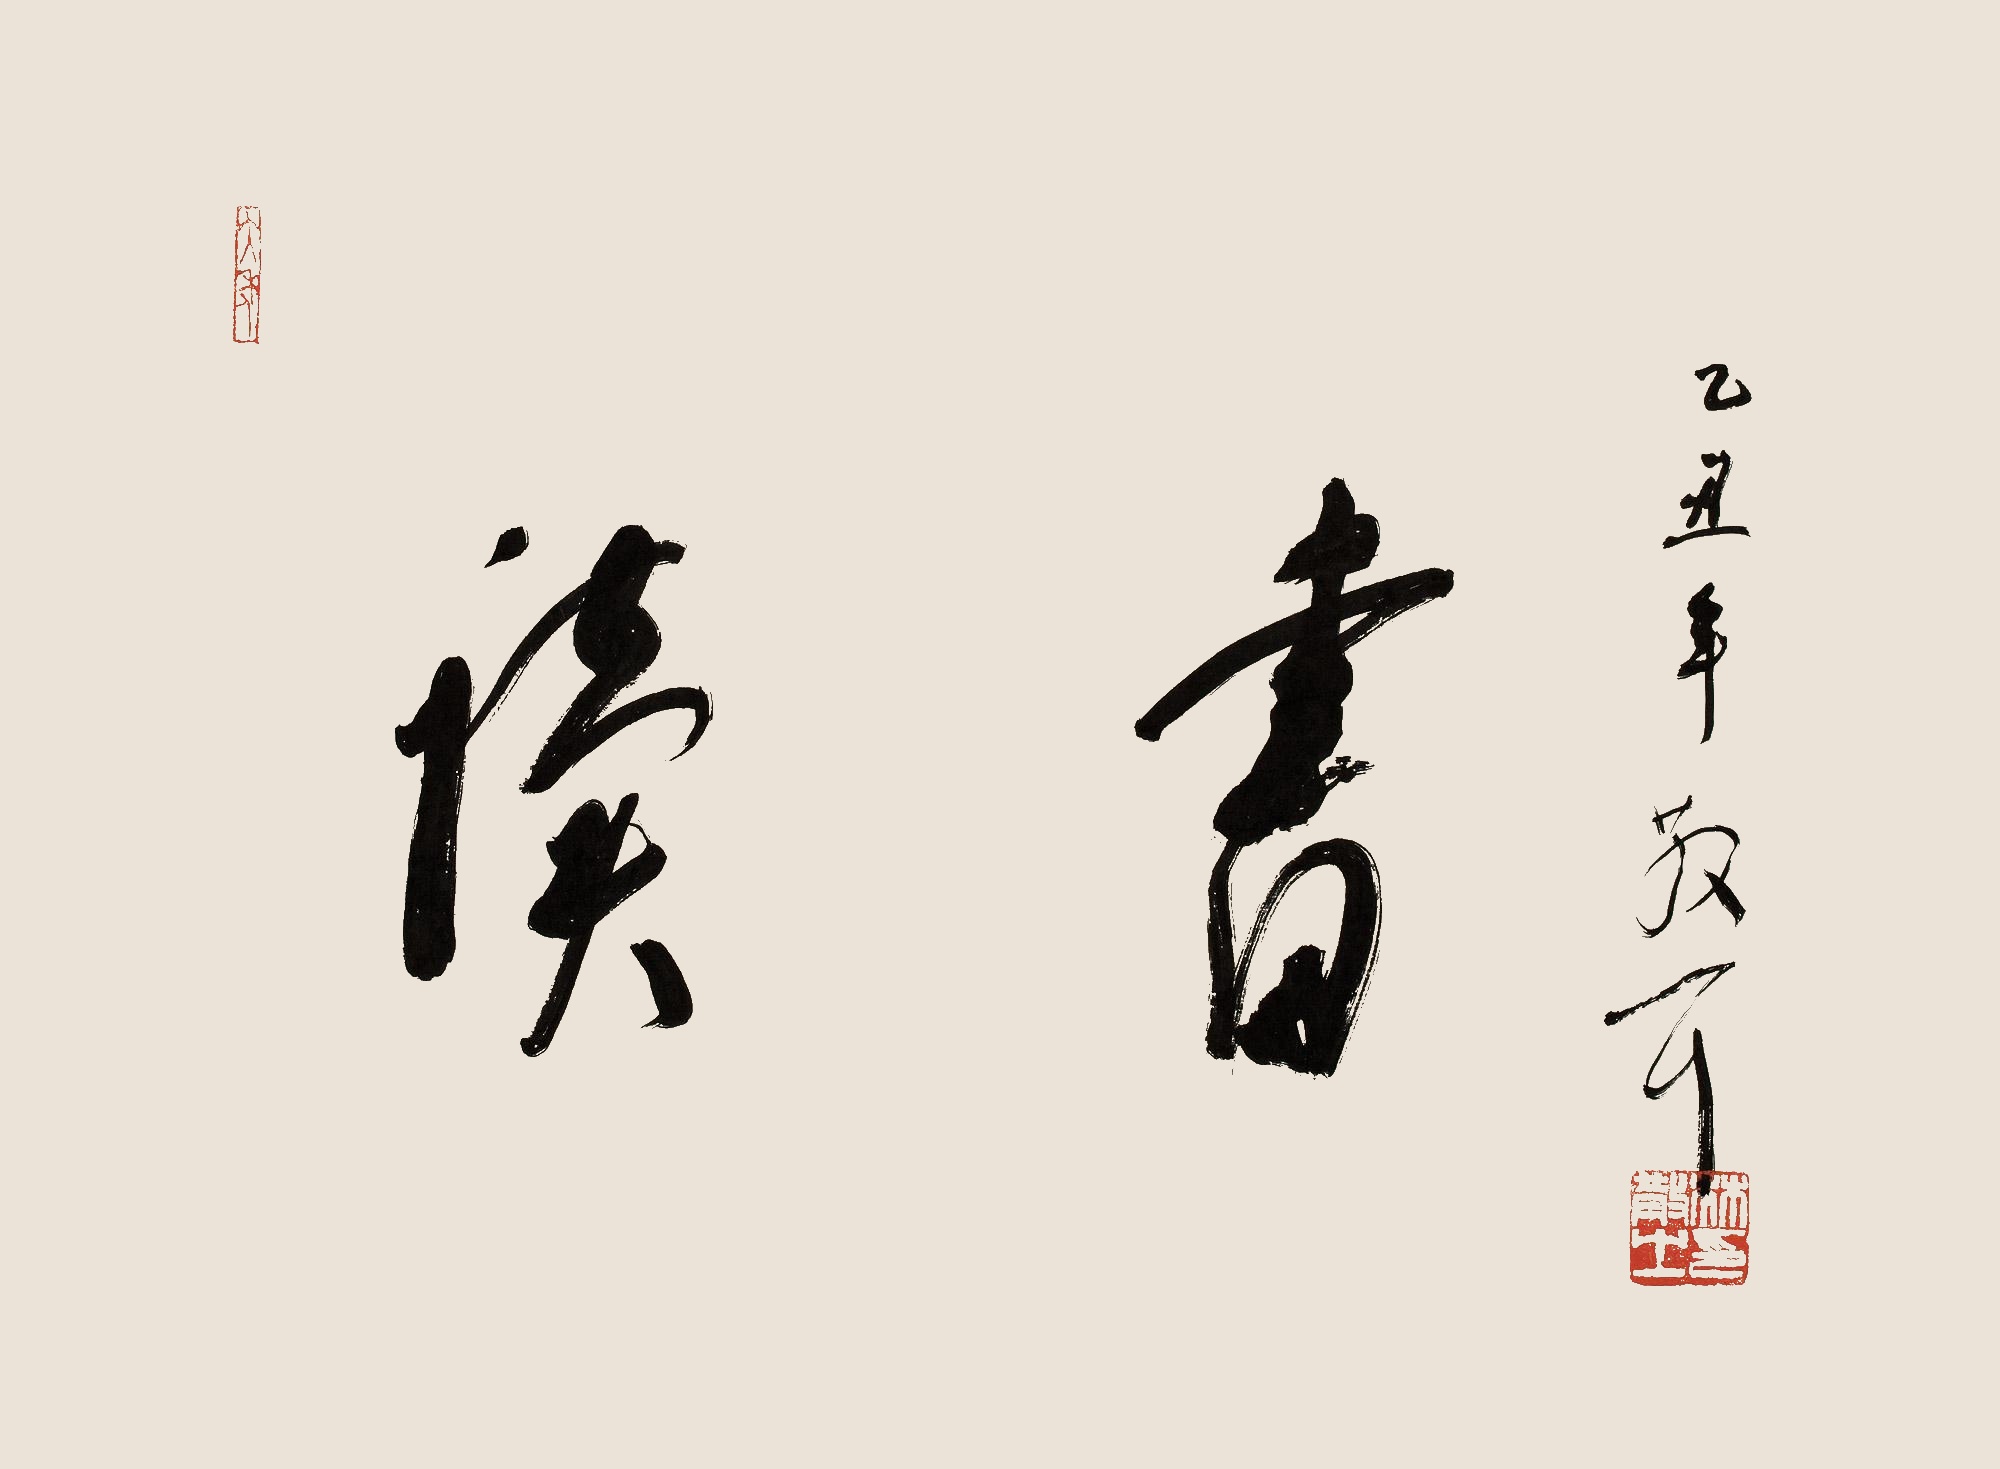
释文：读书。乙丑年，散耳。